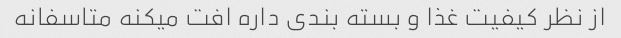
از نظر کیفیت غذا و بسته بندی داره افت میکنه متاسفانه